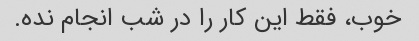
خوب، فقط این کار را در شب انجام نده.